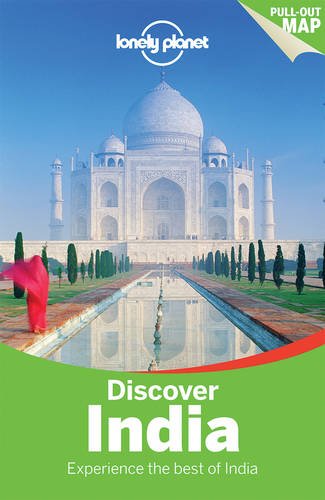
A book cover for Lonely Planet Discover India (Travel Guide); Lonely Planet; Travel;